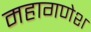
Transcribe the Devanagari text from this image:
महागणेश